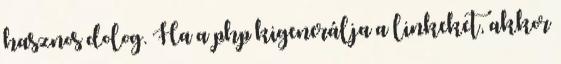
hasznos dolog. Ha a php kigenerálja a linkeket, akkor